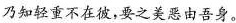
乃知轻重不在彼，要之美恶由吾身。